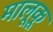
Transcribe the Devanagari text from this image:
मालूकू